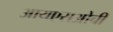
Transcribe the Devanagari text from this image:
आयएसओची